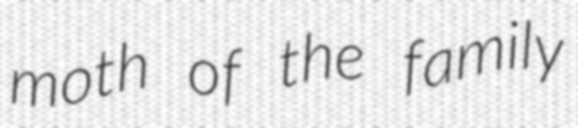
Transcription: moth of the family